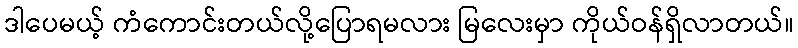
ဒါပေမယ့် ကံကောင်းတယ်လို့ပြောရမလား မြလေးမှာ ကိုယ်ဝန်ရှိလာတယ်။